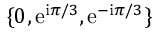
\{ 0 , \mathrm { e } ^ { \mathrm { i } \pi / 3 } , \mathrm { e } ^ { - \mathrm { i } \pi / 3 } \}